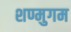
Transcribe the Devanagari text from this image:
शण्मुगम